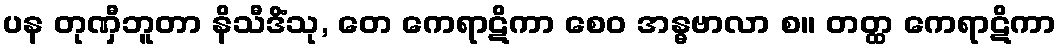
ပန တုဏှီဘူတာ နိသီဒိံသု, တေ ကေရာဋိကာ စေဝ အန္ဓဗာလာ စ။ တတ္ထ ကေရာဋိကာ